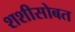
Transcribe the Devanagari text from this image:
शशीसोबत